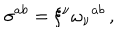
\sigma ^ { a b } = \xi ^ { \nu } \omega _ { \nu } { } ^ { a b } \, ,